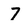
Character: 7